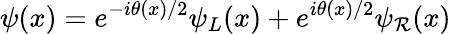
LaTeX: \psi(x)=e^{-i\theta(x)/2}\psi_{L}(x)+e^{i\theta(x)/2}\psi_{\mathcal{R}}(x)